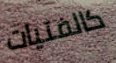
كالفتيات